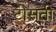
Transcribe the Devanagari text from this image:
टीसती